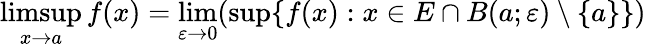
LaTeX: \operatorname*{limsup}_{x\to a}f(x)=\operatorname*{lim}_{\varepsilon\to 0}(\operatorname*{sup}\{ f(x):x\in E\cap B(a;\varepsilon)\setminus\{ a\} \} )